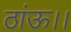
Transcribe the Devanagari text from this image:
ठांऊ।।